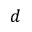
d